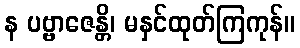
န ပဗ္ဗာဇေန္တိ၊ မနှင်ထုတ်ကြကုန်။